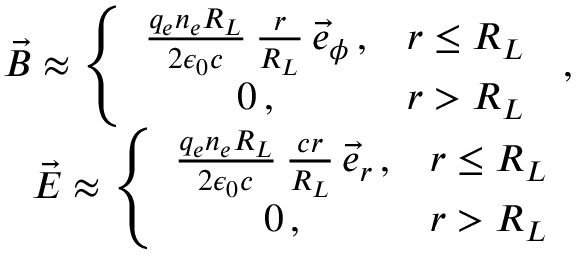
\begin{array} { r l r } & { } & { \vec { B } \approx \left\{ \begin{array} { c c } { \frac { q _ { e } n _ { e } R _ { L } } { 2 \epsilon _ { 0 } c } \, \frac { r } { R _ { L } } \, \vec { e } _ { \phi } \, , } & { r \le R _ { L } } \\ { 0 \, , } & { r > R _ { L } } \end{array} \right. \, , } \\ & { } & { \vec { E } \approx \left\{ \begin{array} { c c } { \frac { q _ { e } n _ { e } R _ { L } } { 2 \epsilon _ { 0 } c } \, \frac { c r } { R _ { L } } \, \vec { e } _ { r } \, , } & { r \le R _ { L } } \\ { 0 \, , } & { r > R _ { L } } \end{array} \right. } \end{array}